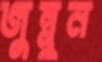
জুন্নুন